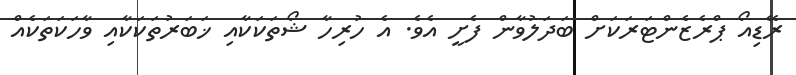
ރޭޑިއޯ ޕްރެޒެންޓަރަކަށް ބަދަލުވާން ފެށީ އެވެ. އެ ހުރިހާ ޝޯތަކަކާއި ޚަބަރުތަކަކާއި ވާހަކަތަކެއް